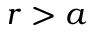
r > a